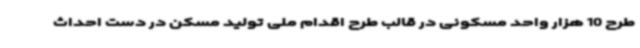
طرح 10 هزار واحد مسکونی در قالب طرح اقدام ملی تولید مسکن در دست احداث